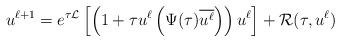
LaTeX: \begin{align*}u^{\ell+1}= e^{\tau \mathcal{L}} \left[\left (1+ \tau u^\ell \left(\Psi(\tau)\overline {u^\ell}\right) \right) u^\ell\right]+\mathcal{R}(\tau,u^\ell)\end{align*}